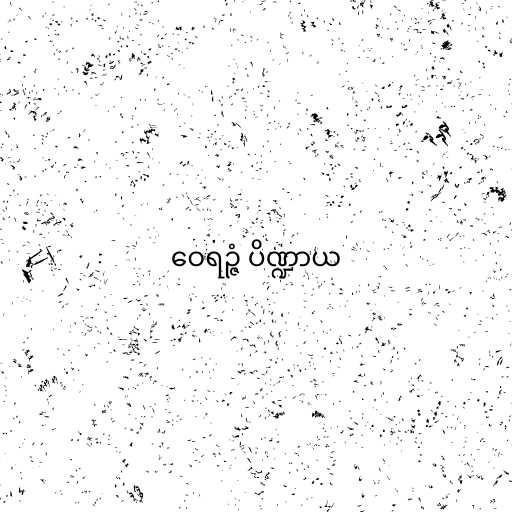
ဝေရဉ္ဇံ ပိဏ္ဍာယ